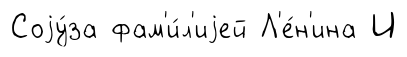
Соjу́за фам'и́л'иjей Л'е́н'ина И